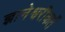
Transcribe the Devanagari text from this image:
ज्ञानेश्वरीकर्ते